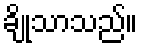
ချိုသာသည်။